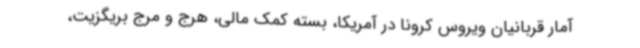
آمار قربانیان ویروس کرونا در آمریکا، بسته کمک مالی، هرج و مرج بریگزیت،